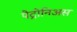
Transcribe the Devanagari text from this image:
पेट्रोनिअस